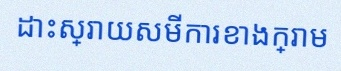
ដោះស្រាយសមីការខាងក្រោម